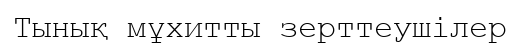
Тынық мұхитты зерттеушілер